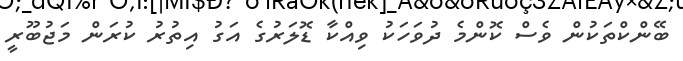
ބޭންކްތަކުން ވެސް ކޮންމެ ދުވަހަކު ވިއްކާ ޑޮލަރުގެ އަގު އިތުރު ކުރަން މަޖުބޫރީ